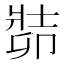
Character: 𠨡